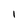
Character: i